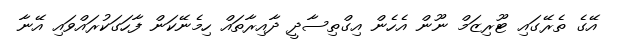
އޭގެ ތެރޭގައި ޓޫރިޒަމް ނޫން އެހެން އިގްތިސާދީ ދާއިރާތައް ހިމެނޭކަން ފާހަގަކުރައްވައި އޭނާ